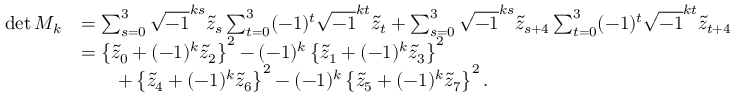
\begin{array} { r l } { \operatorname* { d e t } { M _ { k } } } & { = \sum _ { s = 0 } ^ { 3 } \sqrt { - 1 } ^ { k s } \tilde { z } _ { s } \sum _ { t = 0 } ^ { 3 } ( - 1 ) ^ { t } \sqrt { - 1 } ^ { k t } \tilde { z } _ { t } + \sum _ { s = 0 } ^ { 3 } \sqrt { - 1 } ^ { k s } \tilde { z } _ { s + 4 } \sum _ { t = 0 } ^ { 3 } ( - 1 ) ^ { t } \sqrt { - 1 } ^ { k t } \tilde { z } _ { t + 4 } } \\ & { = \left\{ \tilde { z } _ { 0 } + ( - 1 ) ^ { k } \tilde { z } _ { 2 } \right\} ^ { 2 } - ( - 1 ) ^ { k } \left\{ \tilde { z } _ { 1 } + ( - 1 ) ^ { k } \tilde { z } _ { 3 } \right\} ^ { 2 } } \\ & { \qquad + \left\{ \tilde { z } _ { 4 } + ( - 1 ) ^ { k } \tilde { z } _ { 6 } \right\} ^ { 2 } - ( - 1 ) ^ { k } \left\{ \tilde { z } _ { 5 } + ( - 1 ) ^ { k } \tilde { z } _ { 7 } \right\} ^ { 2 } . } \end{array}